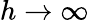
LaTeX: h\rightarrow\infty